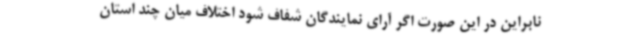
نابراین در این صورت اگر آرای نمایندگان شفاف شود اختلاف میان چند استان